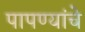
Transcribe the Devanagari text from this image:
पापण्यांचे